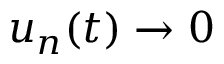
u _ { n } ( t ) \to 0